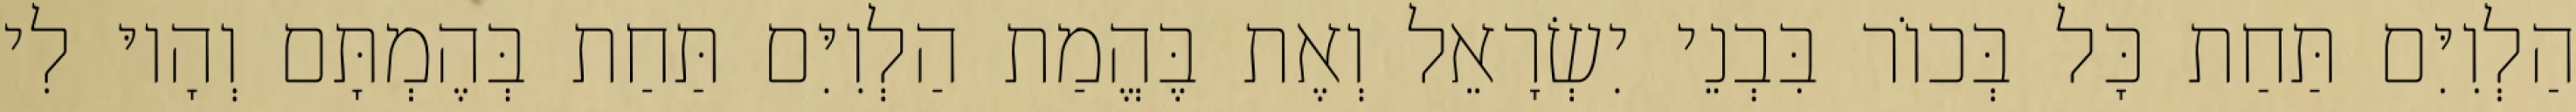
הַלְוִיִּם תַּחַת כָּל בְּכוֹר בִּבְנֵי יִשְׂרָאֵל וְאֶת בֶּהֱמַת הַלְוִיִּם תַּחַת בְּהֶמְתָּם וְהָיוּ לִי